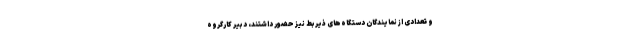
و تعدادی از نمایندگان دستگاه‌های ذیربط نیز حضور داشتند، دبیر کارگروه